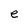
Character: e